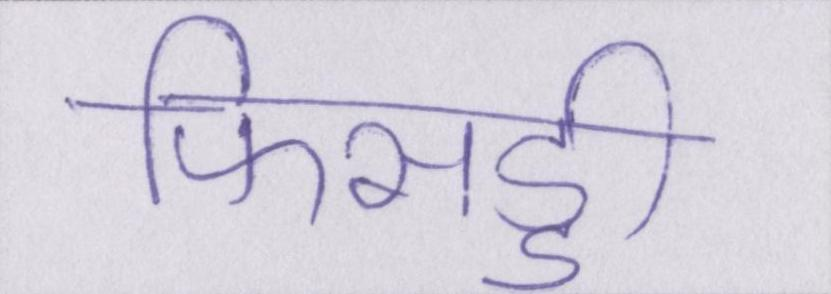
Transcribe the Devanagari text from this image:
फिसड्डी